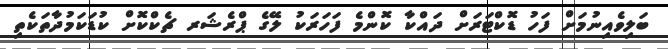
ބަލިވެއިނުމަށް ފަހު ޑޮކްޓަރަށް ދައްކާ ކޮންމެ ފަހަރަކު ލޭގެ ޕްރެޝަރ ޗެކްކޮށް ކުޑަކަމުދާތަކެތި